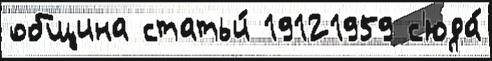
община статьи́ 19121959 с'юда́